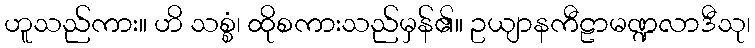
ဟူသည်ကား။ ဟိ သစ္စံ၊ ထိုစကားသည်မှန်၏။ ဥယျာနကီဠာမဏ္ဍလာဒီသု၊